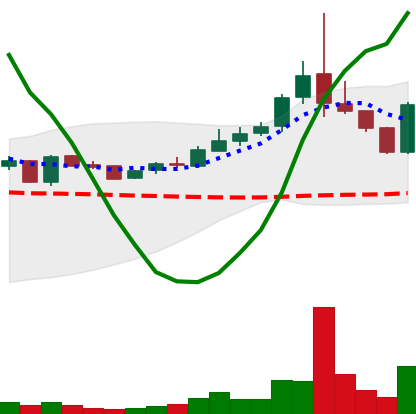
Ticker: TRX-USD
Chart end date: 2019-01-14
Forward return: -4.297%
Label: down_3_5